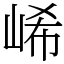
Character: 㟓